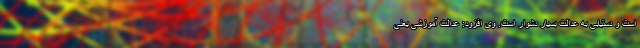
است و دستیابی به عدالت بسیار دشوار است. وی افزود: عدالت آموزشی یعنی